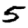
Digit: 5